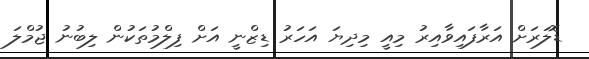
ޑޮލަރަށް އަރާފައިވާއިރު މިއީ މިދިޔަ އަހަރު ޑިޒްނީ އަށް ފިލްމުތަކުން ލިބުނު ޖުމްލަ